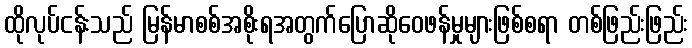
ထိုလုပ်ငန်းသည် မြန်မာစစ်အစိုးရအတွက်ပြောဆိုဝေဖန်မှုများဖြစ်စရာ တစ်ဖြည်းဖြည်း